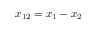
x _ { 1 2 } = x _ { 1 } - x _ { 2 }